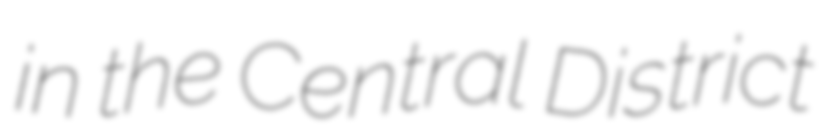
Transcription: in the Central District